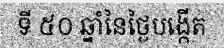
ទី ៥០ ឆ្នាំនៃថ្ងៃបង្កើត